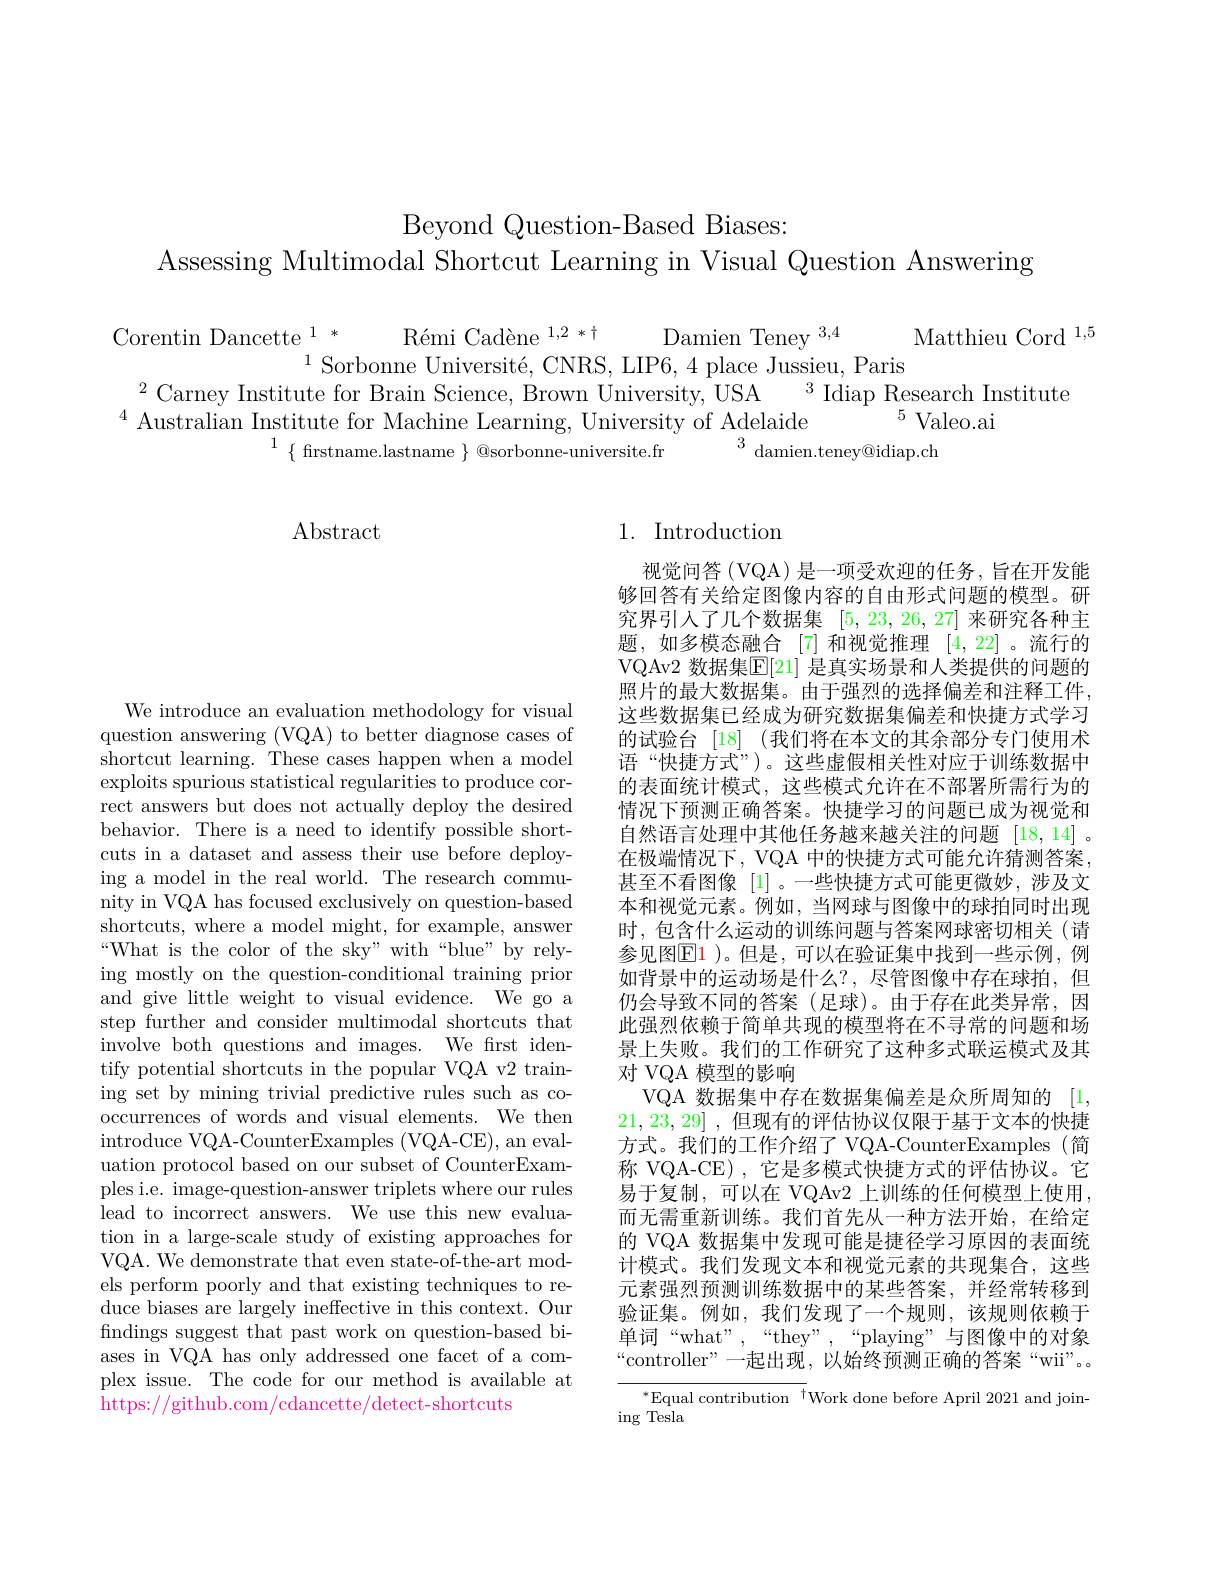
Beyond Question-Based Biases:
Assessing Multimodal Shortcut Learning in Visual Question Answering

$\begin{aligned}\text{Corentin Dancette}^{1*}&\text{Rémi Cadène}^{1,2*\dagger}&\text{Damien Teney}^{3,4}&\text{Matthieu Cord}^{1,5}\\^{2}\text{Carney Institute for Brain Science, Brown University, USA}^{3}&\text{Idiap Research Institute}\\^{4}&\text{Australian Institute for Machine Learning, University of Adel}\end{aligned}$

$\{$ firstname.lastname{@sorbonne-universite.}

$\operatorname{Abstract}$

We introduce an evaluation methodology for visual question answering (VQA) to better diagnose cases of shortcut learning. These cases happen when a model exploits spurious statistical regularities to produce correct answers but does not actually deploy the desired behavior. There is a need to identify possible shortcuts in a dataset and assess their use before deploying a model in the real world. The research community in VQA has focused exclusively on question-based shortcuts, where a model might, for example, answer “What is the color of the sky" with“blue” by relying mostly on the question-conditional training prior and give little weight to visual evidence. We go a step further and consider multimodal shortcuts that involve both questions and images. We first identify potential shortcuts in the popular VQA v2 training set by mining trivial predictive rules such as cooccurrences of words and visual elements. We then introduce VQA-CounterExamples (VQA-CE), an evaluation protocol based on our subset of CounterExamples i.e. image-question-answer triplets where our rules lead to incorrect answers. We use this new evaluation in a large-scale study of existing approaches for VQA. We demonstrate that even state-of-the-art models perform poorly and that existing techniques to reduce biases are largely ineffective in this context. Our findings suggest that past work on question-based biases in VQA has only addressed one facet of a complex issue. The code for our method is available at https://github.com/cdancette/detect-shortcuts

## 1. Introduction

视觉问答(VQA)是一项受欢迎的任务，旨在开发能够回答有关给定图像内容的自由形式问题的模型。研究界引人了几个数据集[5,23,26,27]来研究各种主题，如多模态融合 [7] 和视觉推理[4,22] 。流行的VQAv2 数据集$\mathbb{E}[$21] 是真实场景和人类提供的问题的照片的最大数据集。由于强烈的选择偏差和注释工件， 这些数据集已经成为研究数据集偏差和快捷方式学习的试验台 [18] (我们将在本文的其余部分专门使用术语“快捷方式”)。这些虚假相关性对应于训练数据中的表面统计模式，这些模式允许在不部署所需行为的情况下预测正确答案。快捷学习的问题已成为视觉和自然语言处理中其他任务越来越关注的问题[18,14] 。在极端情况下，VQA 中的快捷方式可能允许猜测答案， 甚至不看图像 [1] 。一些快捷方式可能更微妙，涉及文本和视觉元素。例如，当网球与图像中的球拍同时出现时，包含什么运动的训练问题与答案网球密切相关(请参见图$\boxed{\mathrm{F}1}$ )。但是，可以在验证集中找到一些示例，例如背景中的运动场是什么？,尽管图像中存在球拍，但仍会导致不同的答案(足球)。由于存在此类异常，因此强烈依赖于简单共现的模型将在不寻常的问题和场景上失败。我们的工作研究了这种多式联运模式及其对 VQA 模型的影响
VQA 数据集中存在数据集偏差是众所周知的[1, 21,23,29] ,但现有的评估协议仅限于基于文本的快捷方式。我们的工作介绍了 VQA-CounterExamples(简称 VQA-CE) ,它是多模式快捷方式的评估协议。它易于复制，可以在 VQAv2 上训练的任何模型上使用， 而无需重新训练。我们首先从一种方法开始，在给定的 VQA 数据集中发现可能是捷径学习原因的表面统计模式。我们发现文本和视觉元素的共现集合，这些元素强烈预测训练数据中的某些答案，并经常转移到验证集。例如，我们发现了一个规则，该规则依赖于单词“what”,“they”,“playing”与图像中的对象“controller”一起出现，以始终预测正确的答案“wii”。
${^*\text{Equal contribution }^\dagger}$Work done before April 2021 and join-
$\operatorname{ing}$ Tesla